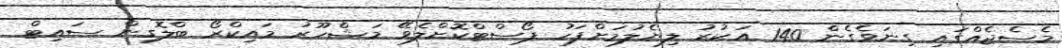
މެސެޖެއްގައި ގިނަވެގެން 140 އަކުރު ލިޔެލުމަށްފަހު ޕޯސްޓްކޮށްލެވޭ މަޝްހޫރު މައިކްރޯ ބްލޮގިން ސައިޓް